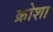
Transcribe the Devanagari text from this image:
क्रोशा